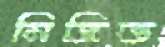
নিদ্রিত